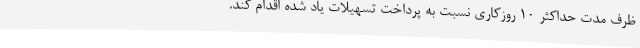
ظرف مدت حداکثر 10 روزکاری نسبت به پرداخت تسهیلات یاد شده اقدام کند.